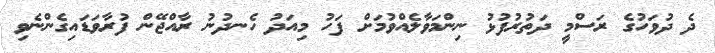
ދެ ދުވަހުގެ ރަސްމީ ދަތުރުފުޅު ނިންމަވާލެއްވުމަށް ފަހު މިއަދު ހެނދުނު ރާއްޖޭން ފުރާވަޑައިގެންނެވި